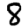
Digit: 8